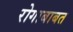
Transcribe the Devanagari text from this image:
रोगाबाबत